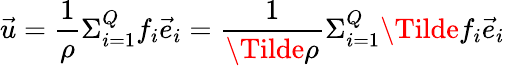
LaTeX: \vec{u}=\frac{1}{\rho}\Sigma_{i=1}^{Q}f_{i}\vec{e}_{i}=\frac{1}{\Tilde{\rho}}\Sigma_{i=1}^{Q}\Tilde{f}_{i}\vec{e}_{i}